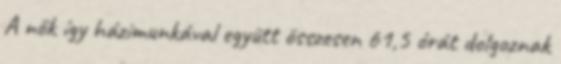
A nők így házimunkával együtt összesen 61,5 órát dolgoznak